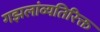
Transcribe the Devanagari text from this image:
गझलांव्यतिरिक्त